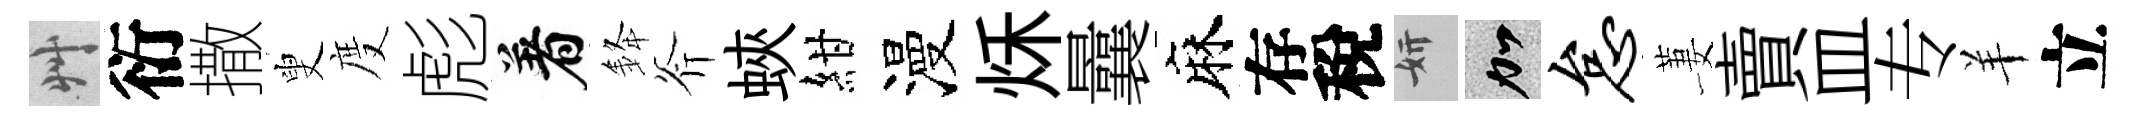
艸衍撒叟度彪着𨦟斧蛺紺漫秌曩麻存稅妍加怠萋賣皿专羊立